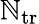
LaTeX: \mathbb{N}_{\mathrm{{tr}}}